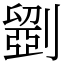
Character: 𠠇